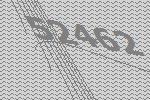
52462